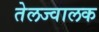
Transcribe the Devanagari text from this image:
तेलज्वालक